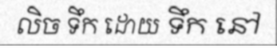
លិច ទឹក ដោយ ទឹក នៅ